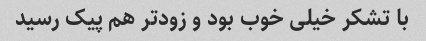
با تشکر خیلی خوب بود و زودتر هم پیک رسید